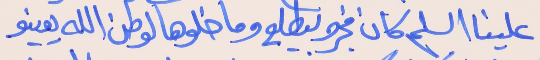
علينا السلم كان فجرو بيطلع     وما خلو هالوطن الله يعينو